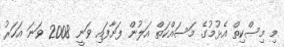
މި މިސްކިތް އެޅުމުގެ މަސައްކަތް އަލުން ފަށާފައި ވަނީ 2008 ވަނަ އަހަރު